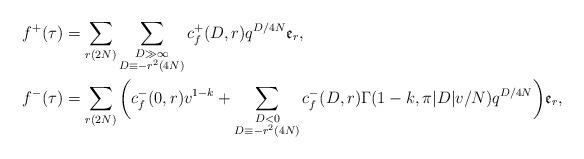
LaTeX: \begin{align*}f^{+}(\tau)&=\sum\limits_{r(2N)}\sum\limits_{\substack{D\gg \infty \\ D \equiv -r^{2}(4N)}}c_{f}^{+}(D,r)q^{D/4N} \mathfrak{e}_r,\\f^{-}(\tau)&=\sum\limits_{r(2N)}\bigg(c_{f}^{-}(0,r)v^{1-k} + \sum\limits_{\substack{D < 0 \\ D \equiv -r^{2}(4N)}}c_{f}^{-}(D,r)\Gamma(1-k,\pi |D|v/N)q^{D/4N}\bigg)\mathfrak{e}_r,\end{align*}